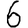
Digit: 6